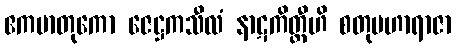
ဧကမာတုကော ဇေဋ္ဌကသီလံ နာဋကိတ္ထီဟိ စတုမဟာရာဇာ